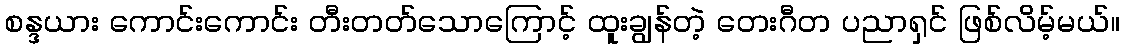
စန္ဒယား ကောင်းကောင်း တီးတတ်သောကြောင့် ထူးချွန်တဲ့ တေးဂီတ ပညာရှင် ဖြစ်လိမ့်မယ်။